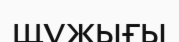
щұжығы